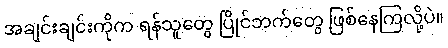
အချင်းချင်းကိုက ရန်သူတွေ ပြိုင်ဘက်တွေ ဖြစ်နေကြလို့ပဲ။